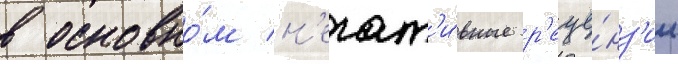
в основно́м н'егат'и́вные р'еце́нз'ии